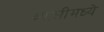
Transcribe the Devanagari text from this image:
व्याप्तीमध्ये